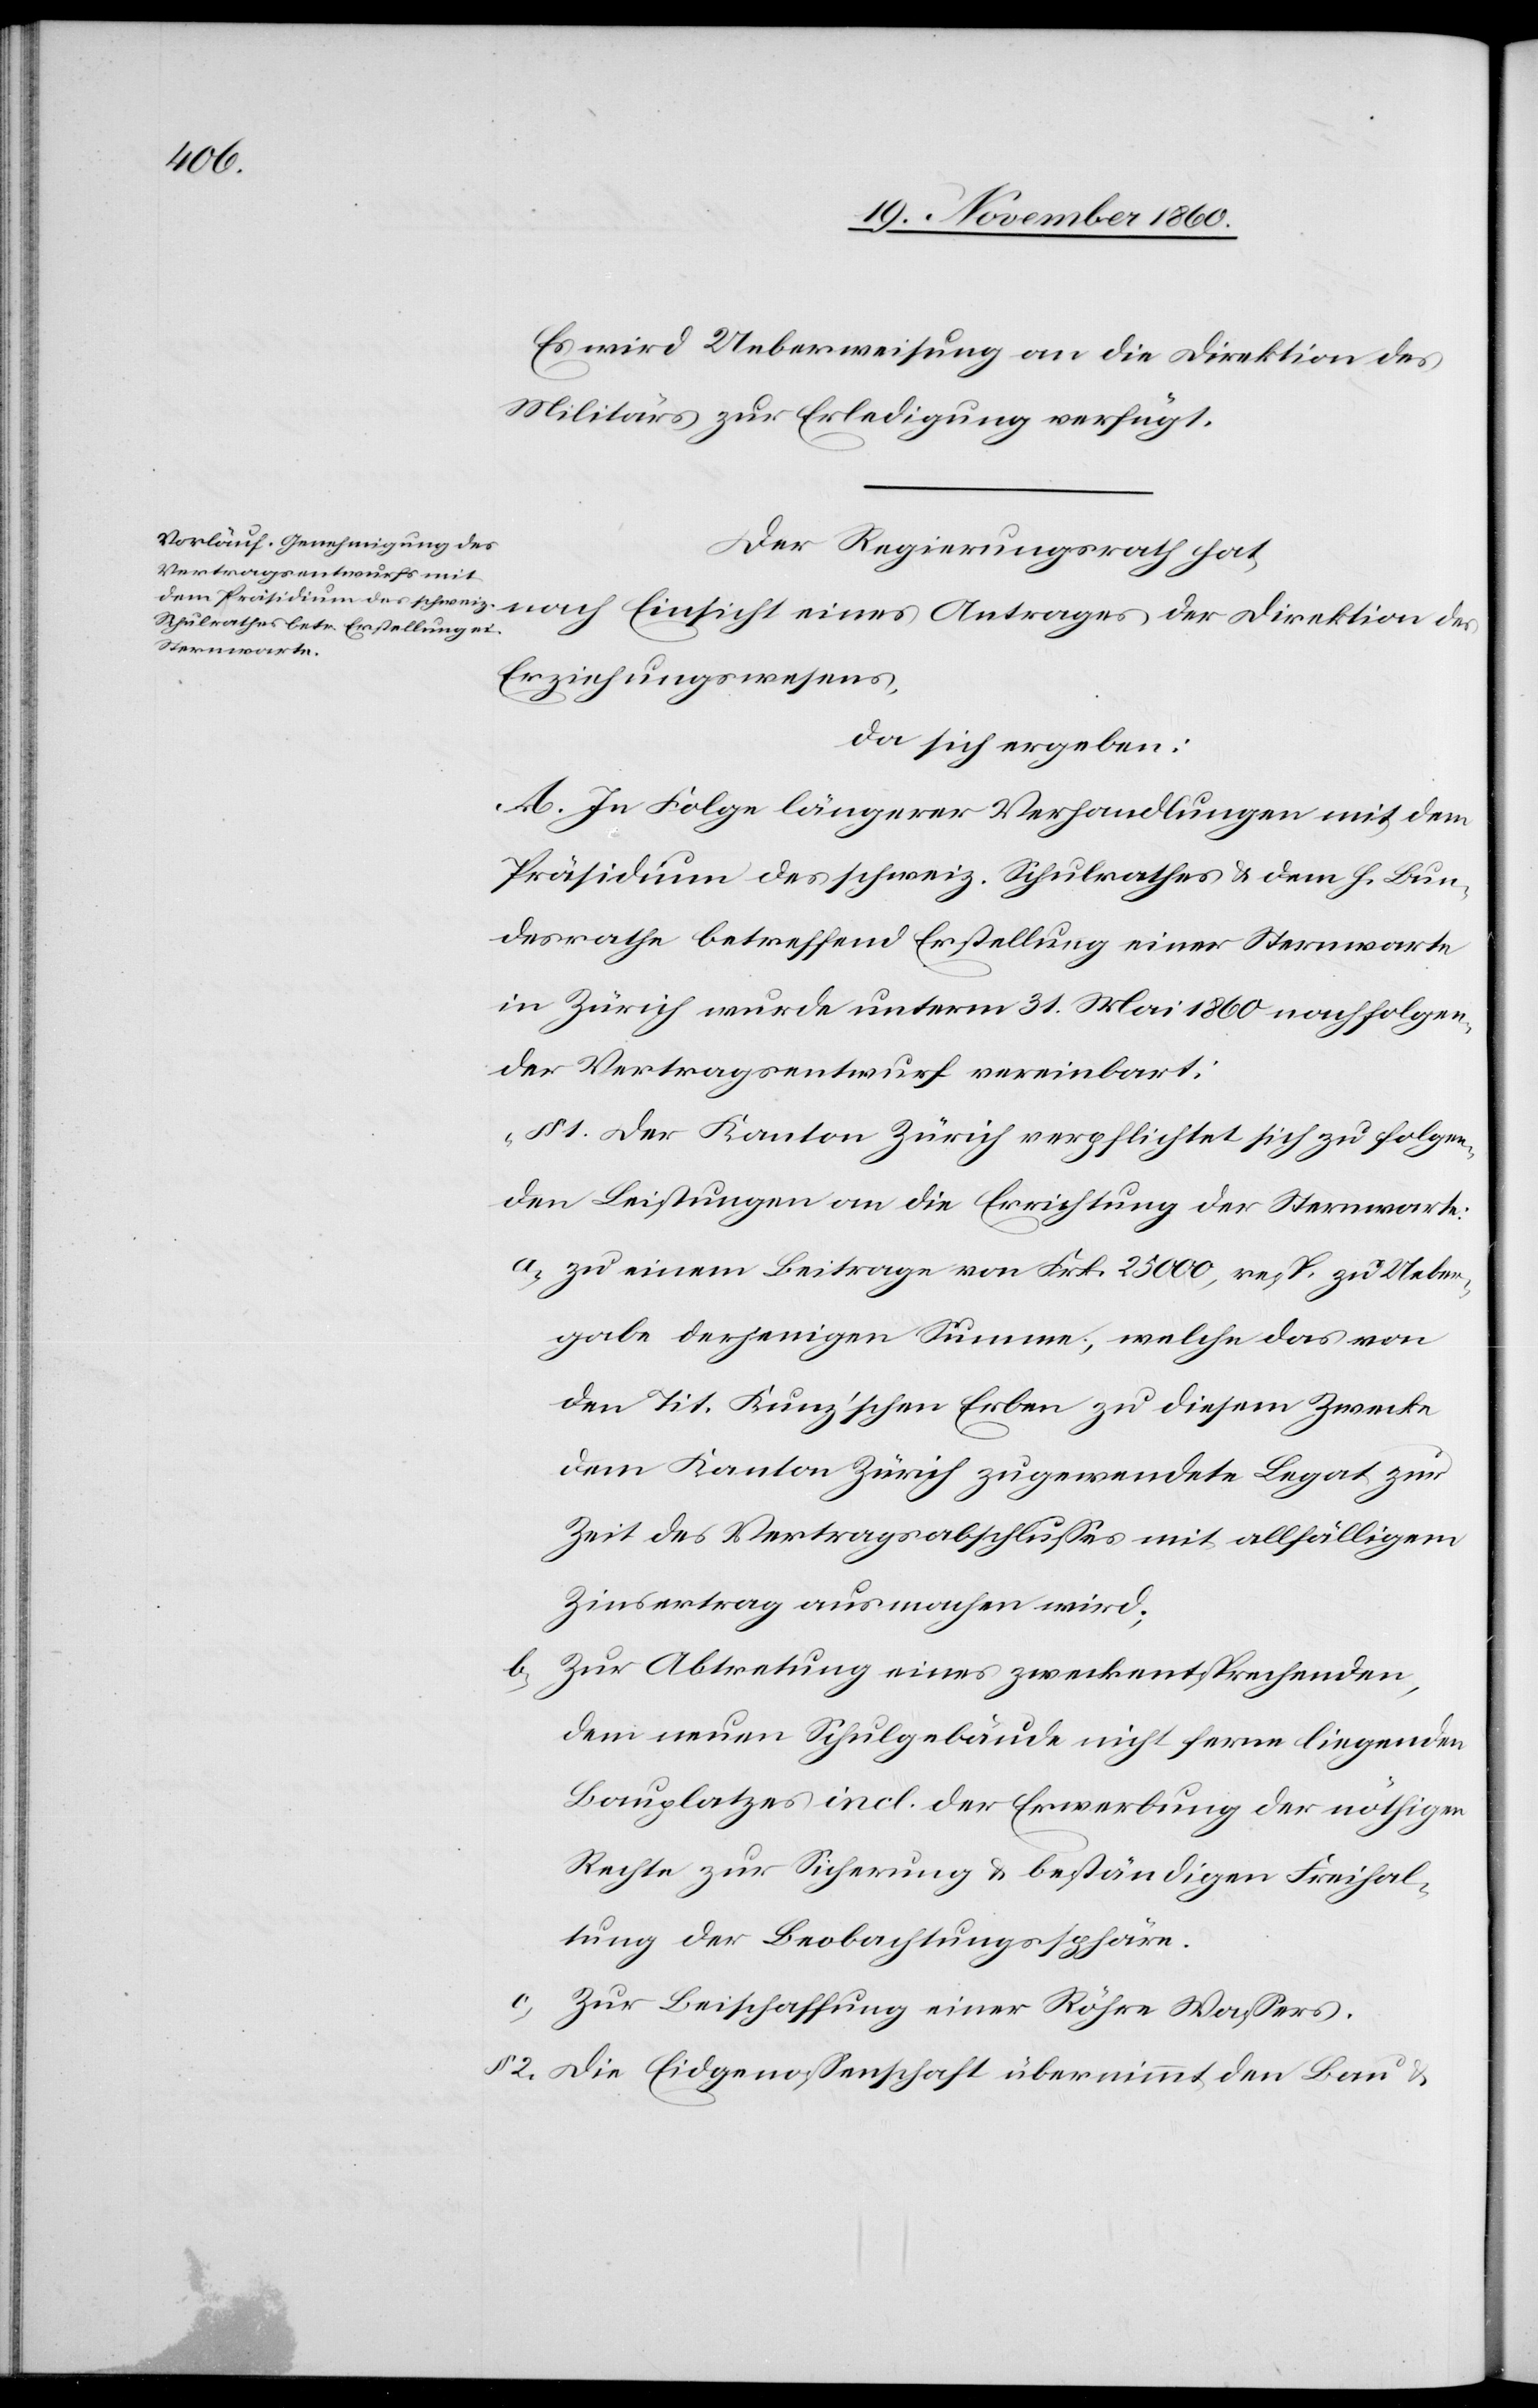
Es wird Ueberweisung an die Direktion des
Militärs zur Erledigung verfügt.
Der Regierungsrath hat,
Erziehungswesens,
da sich ergeben:
A. In Folge längerer Verhandlungen mit dem
Präsidium des schweiz. Schulrathes u. dem h. Bun¬
desrathe betreffend Erstellung einer Sternwarte
in Zürich wurde unterm 31. Mai 1860 nachfolgen¬
der Vertragsentwurf vereinbart:
„§ 1. Der Kanton Zürich verpflichtet sich zu folgen¬
den Leistungen an die Errichtung der Sternwarte:
a) zu einem Beitrage von Frk. 25 000, resp. zu Ueber¬
gabe derjenigen Summe, welche das von
den Tit. Kunz’schen Erben zu diesem Zwecke
dem Kanton Zürich zugewendete Legat zur
Zeit des Vertragabschlusses mit allfälligem
Zinsertrag ausmachen wird;
b) zur Abtretung eines zweckentsprechenden,
dem neuen Schulgebäude nicht ferne liegenden
Bauplatzes incl. der Erwerbung der nöthigen
Rechte zur Sicherung u. beständigen Freihal¬
tung der Beobachtungssphäre.
c)
zur Beischaffung einer Röhre Wassers.
§ 2. Die Eidgenossenschaft übernimmt den Bau u.